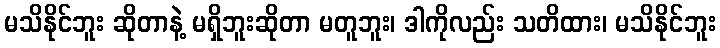
မသိနိုင်ဘူး ဆိုတာနဲ့ မရှိဘူးဆိုတာ မတူဘူး၊ ဒါကိုလည်း သတိထား၊ မသိနိုင်ဘူး